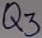
Text: Q3